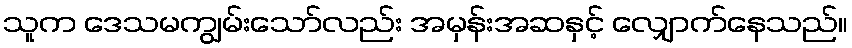
သူက ဒေသမကျွမ်းသော်လည်း အမှန်းအဆနှင့် လျှောက်နေသည်။